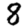
Digit: 8